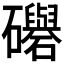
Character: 𥗵